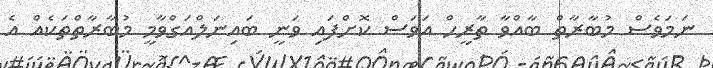
ނަމަވެސް މުބާރާތް ބާއްވާ ތާރީހް އަވަސް ކޮށްފައި ވަނީ ބައިނަލްއަގްވާމީ މުބާރާތްތަކެއް އެ